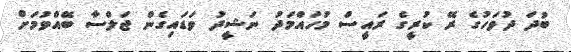
ބުދަ ދުވަހުގެ ރޭ ކުރީގެ ރައީސް މުހައްމަދު ނަޝީދު ވަޑައިގެން ޖަލްސާ ބޭއްވުމަށް